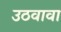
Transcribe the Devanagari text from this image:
उठवावा